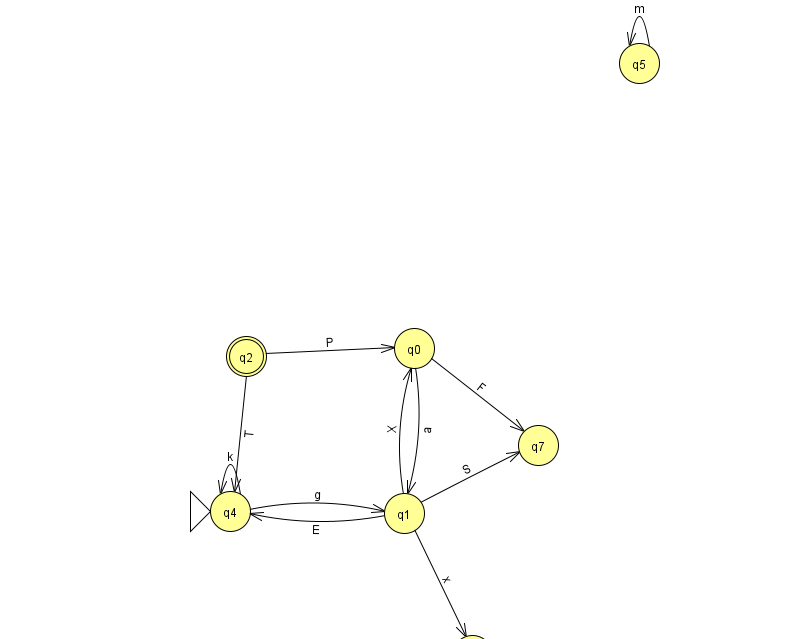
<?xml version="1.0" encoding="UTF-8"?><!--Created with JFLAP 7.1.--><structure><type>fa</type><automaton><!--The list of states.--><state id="0" name="q0"><x>414.0</x><y>335.0</y></state><state id="1" name="q1"><x>404.0</x><y>500.0</y></state><state id="2" name="q2"><x>246.0</x><y>343.0</y><final/></state><state id="3" name="q3"><x>472.0</x><y>642.0</y></state><state id="4" name="q4"><x>230.0</x><y>498.0</y><initial/></state><state id="5" name="q5"><x>639.0</x><y>50.0</y></state><state id="7" name="q7"><x>538.0</x><y>432.0</y></state><!--The list of transitions.--><transition><from>2</from><to>0</to><read>P</read></transition><transition><from>1</from><to>3</to><read>x</read></transition><transition><from>4</from><to>1</to><read>g</read></transition><transition><from>0</from><to>7</to><read>F</read></transition><transition><from>1</from><to>0</to><read>X</read></transition><transition><from>1</from><to>4</to><read>E</read></transition><transition><from>2</from><to>4</to><read>T</read></transition><transition><from>4</from><to>4</to><read>k</read></transition><transition><from>1</from><to>7</to><read>S</read></transition><transition><from>5</from><to>5</to><read>m</read></transition><transition><from>0</from><to>1</to><read>a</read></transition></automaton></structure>